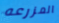
المزرعه